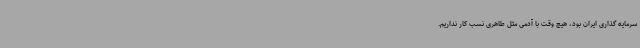
سرمایه گذاری ایران بود، هیچ وقت با آدمی مثل طاهری نسب کار نداریم.